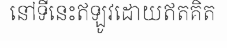
នៅទីនេះឥឡូវដោយឥតគិត